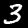
Digit: 3